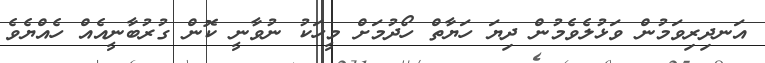
އަނދިރިވަމުން ވަޅުލެވެމުން ދިޔަ ހަޔާތް ހޯދުމަށް މީހަކު ނުވާނީ ކޮން ގުރުބާނީއެއް ހެއްޔެވެ